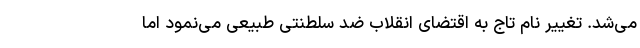
می‌شد. تغییر نام تاج به اقتضای انقلاب ضد سلطنتی طبیعی می‌نمود اما